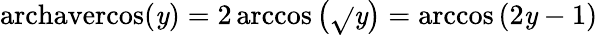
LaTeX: \operatorname{archavercos}(\mathit{y})=2\operatorname{arccos}\left({\sqrt{}{{\mathit{y}}}}\right)=\operatorname{arccos}\left(2\mathit{y}-1\right)